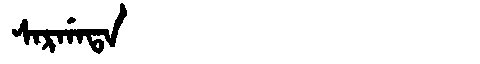
Manchu: ᠰᠠᡵᡤᠠᡨᠠ
Romanization: SARGATA